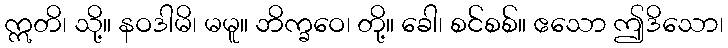
ဣတိ၊ သို့။ နဝဒါမိ၊ မမူ။ ဘိက္ခဝေ၊ တို့။ ခေါ၊ စင်စစ်။ ဧသော ဤဒိသော၊